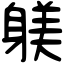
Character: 躾